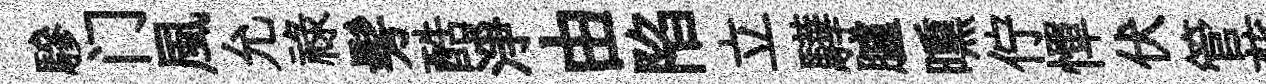
驂门風允禄髣酷淨由陷立驊臚曛佇憚伏管蘇